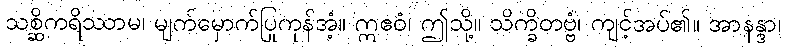
သစ္ဆိကရိဿာမ၊ မျက်မှောက်ပြုကုန်အံ့။ ဣဧဝံ၊ ဤသို့။ သိက္ခိတဗ္ဗံ၊ ကျင့်အပ်၏။ အာနန္ဒာ၊